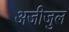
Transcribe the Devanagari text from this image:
अजीजुल